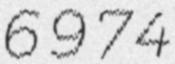
6974